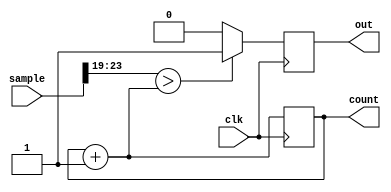
module pwm(clk, sample, out, count);

    input [23:0] sample;
    input clk;
    output out;
    output [4:0] count;  // 5 bits wide. take out later

    reg out;
    reg [4:0] count = 5'b0;
    reg [23:0] sample_holder;
    wire [23:0] sample;
    wire clk;

    always @ (posedge clk) begin
        count = count + 1;
        sample_holder = sample;
        if ((sample_holder>>19) > count) begin//*524288) begin
            out = 1;
        end
        else begin
            out = 0;
        end
    end

endmodule